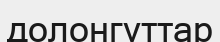
долонгуттар